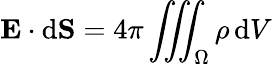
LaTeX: \mathbf{E}\cdot\mathrm{d}\mathbf{S}=4\pi\iiint_{\Omega}\rho\, \mathrm{d}V